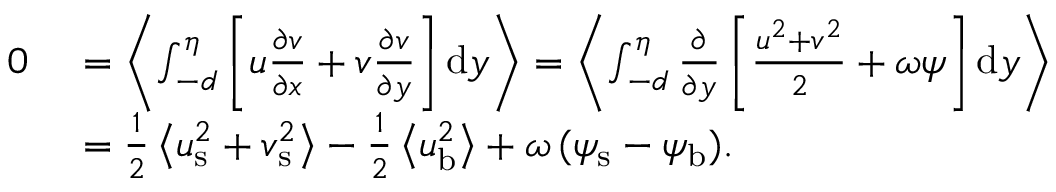
\begin{array} { r l } { 0 \ } & { = \left< \int _ { - d } ^ { \eta } \left[ u \frac { \partial v } { \partial x } + v \frac { \partial v } { \partial y } \right] \mathrm { d } y \right> = \left< \int _ { - d } ^ { \eta } \frac { \partial } { \partial y } \left[ \frac { u ^ { 2 } + v ^ { 2 } } { 2 } + \omega \psi \right] \mathrm { d } y \right> } \\ & { = { \textstyle { \frac { 1 } { 2 } } } \left< { u } _ { \mathrm { s } } ^ { 2 } + { v } _ { \mathrm { s } } ^ { 2 } \right> - { \textstyle { \frac { 1 } { 2 } } } \left< { u } _ { \mathrm { b } } ^ { 2 } \right> + \omega \, ( { \psi } _ { \mathrm { s } } - { \psi } _ { \mathrm { b } } ) . } \end{array}